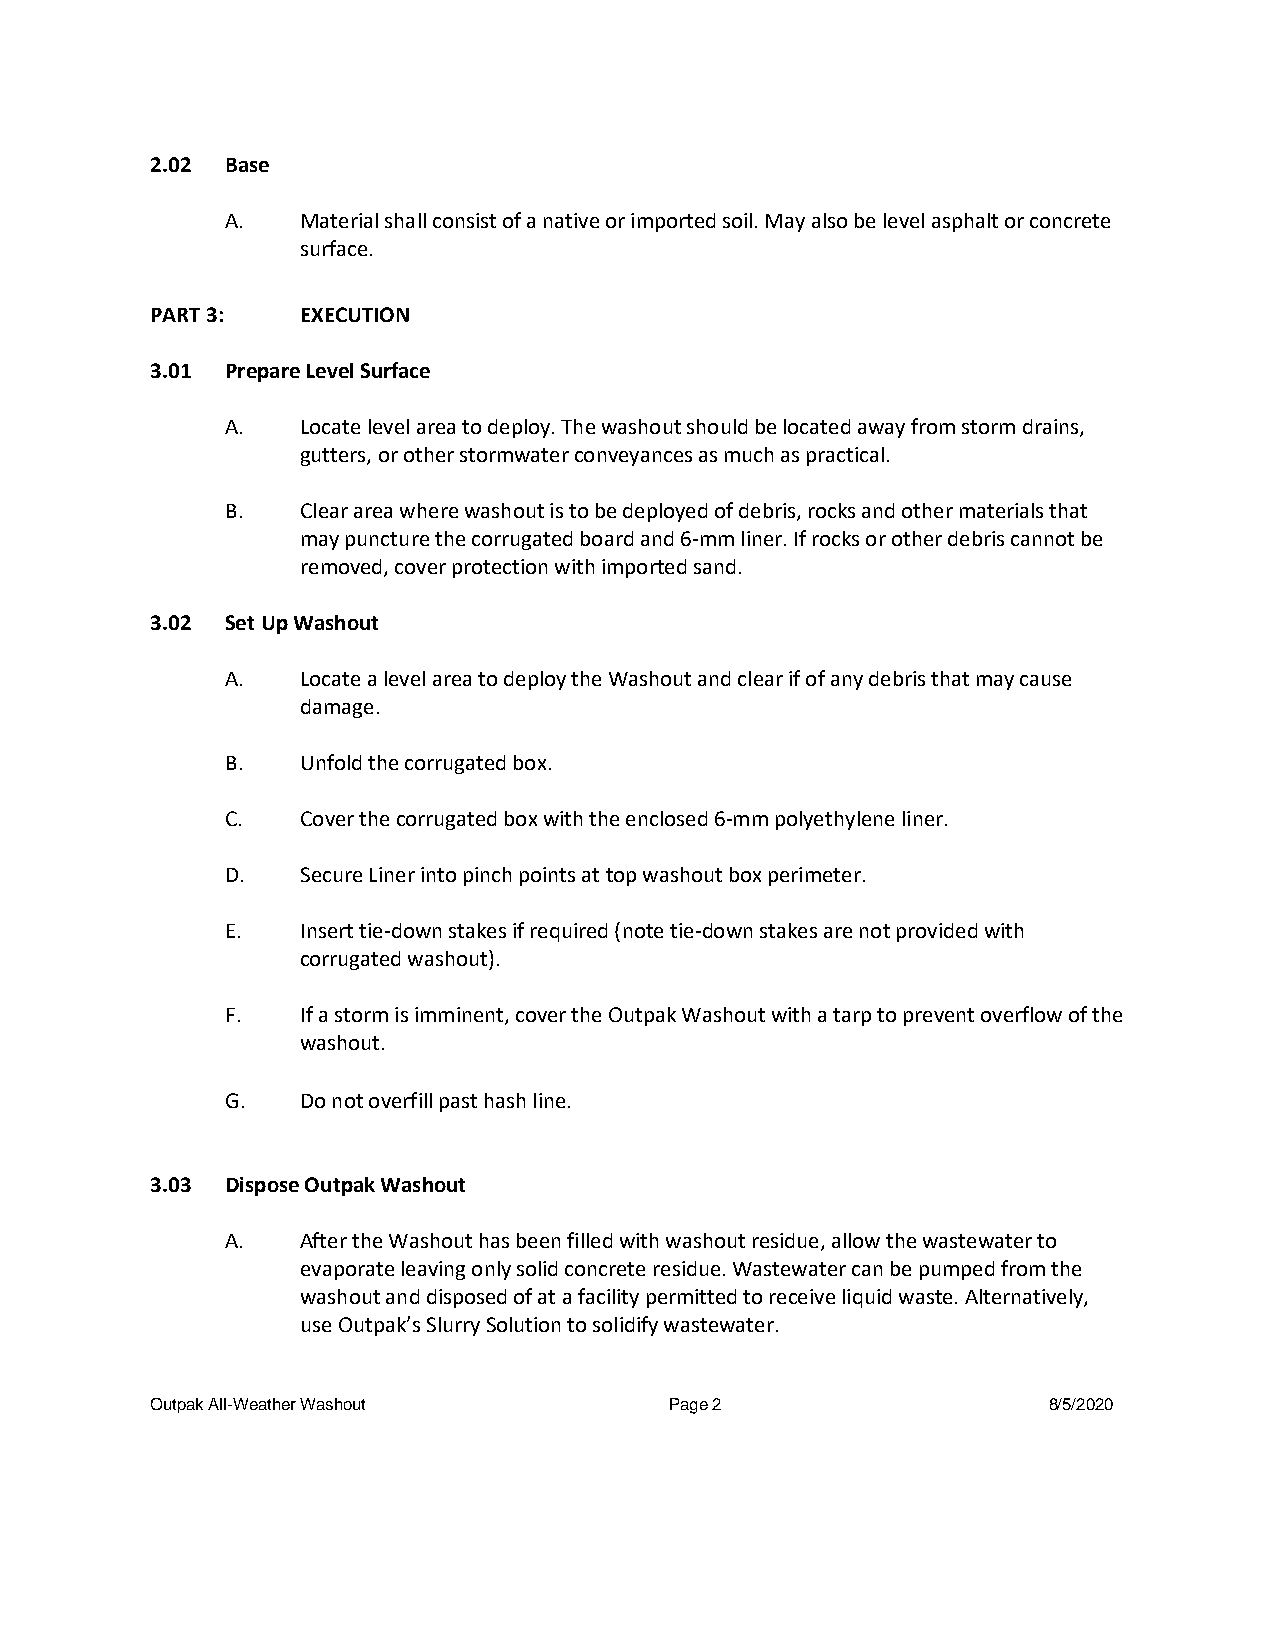
2.02 Base
 A.   Material shall consist of a native or imported soil. May also be level asphalt or concrete
 surface.
 PART 3:   EXECUTION
 3.01 Prepare Level Surface
 A.   Locate level area to deploy. The washout should be located away from storm drains,
 gutters, or other stormwater conveyances as much as practical.
 B.   Clear area where washout is to be deployed of debris, rocks and other materials that
 may puncture the corrugated board and 6-mm liner. If rocks or other debris cannot be
 removed, cover protection with imported sand.
 3.02 Set Up Washout
 A.   Locate a level area to deploy the Washout and clear if of any debris that may cause
 damage.
 B.   Unfold the corrugated box.
 C.   Cover the corrugated box with the enclosed 6-mm polyethylene liner.
 D.   Secure Liner into pinch points at top washout box perimeter.
 E.   Insert tie-down stakes if required (note tie-down stakes are not provided with
 corrugated washout).
 F.   If a storm is imminent, cover the Outpak Washout with a tarp to prevent overflow of the
 washout.
 G.   Do not overfill past hash line.
 3.03 Dispose Outpak Washout
 A.   After the Washout has been filled with washout residue, allow the wastewater to
 evaporate leaving only solid concrete residue. Wastewater can be pumped from the
 washout and disposed of at a facility permitted to receive liquid waste. Alternatively,
 use Outpak’s Slurry Solution to solidify wastewater.
 Outpak All-Weather Washout        Page 2                   8/5/2020